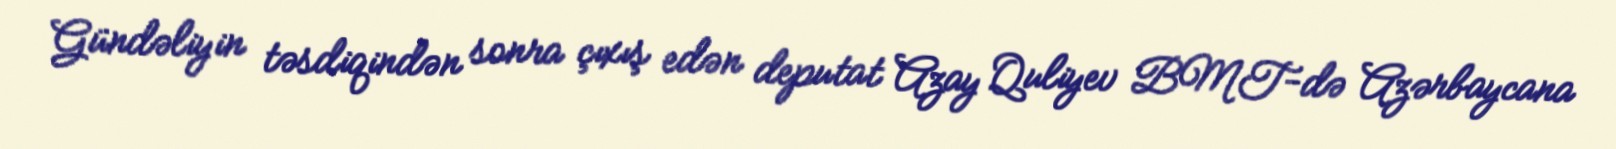
Gündəliyin təsdiqindən sonra çıxış edən deputat Azay Quliyev BMT-də Azərbaycana